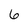
Character: 6